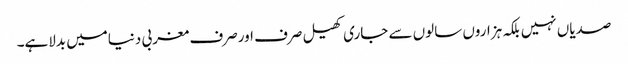
صدیاں نہیں بلکہ ہزاروں سالوں سے جاری کھیل صرف اورصرف مغربی دنیامیں بدلاہے۔